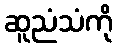
ဆူညံသံကို